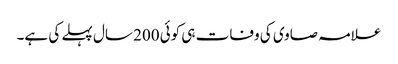
علامہ صاوی کی وفات ہی کوئی 200 سال پہلے کی ہے۔